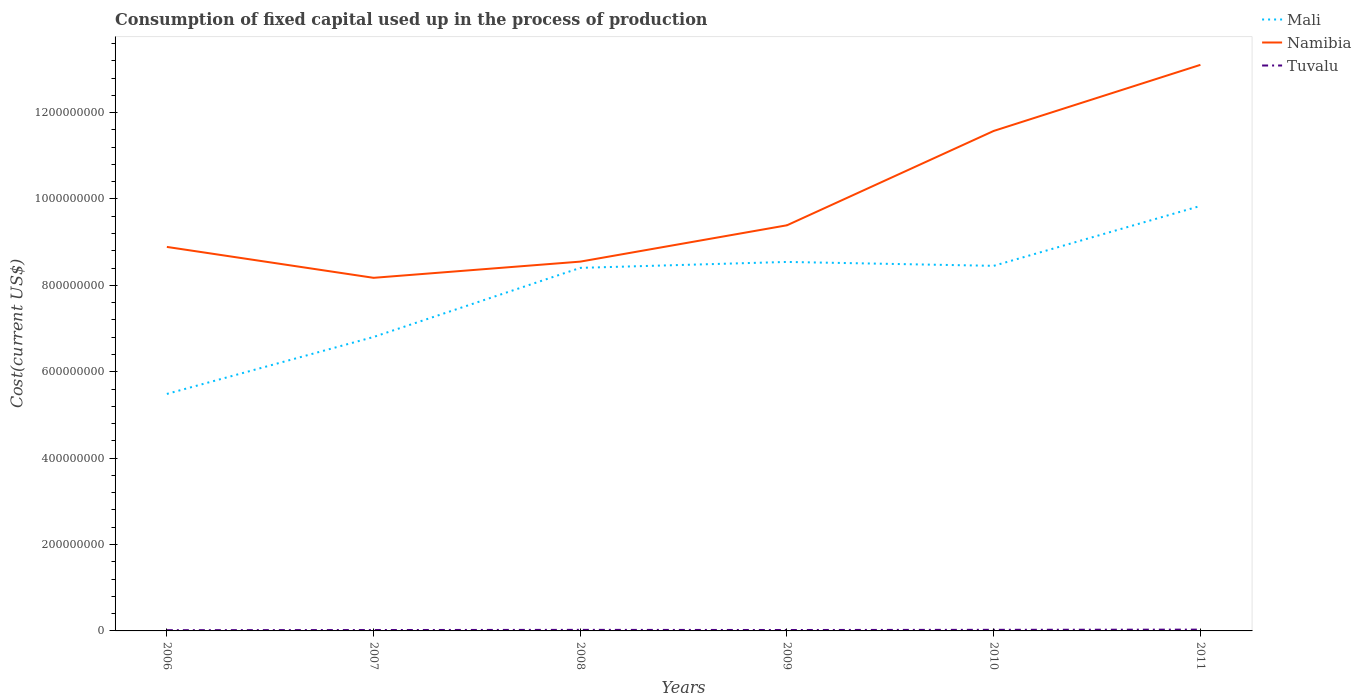
| Years | Mali | Namibia | Tuvalu |
 | --- | --- | --- | --- |
 | 2006 | 5.49e+08 | 8.89e+08 | 1.71e+06 |
 | 2007 | 6.81e+08 | 8.17e+08 | 2.07e+06 |
 | 2008 | 8.41e+08 | 8.55e+08 | 2.43e+06 |
 | 2009 | 8.54e+08 | 9.39e+08 | 2.11e+06 |
 | 2010 | 8.45e+08 | 1.16e+09 | 2.54e+06 |
 | 2011 | 9.84e+08 | 1.31e+09 | 3e+06 |